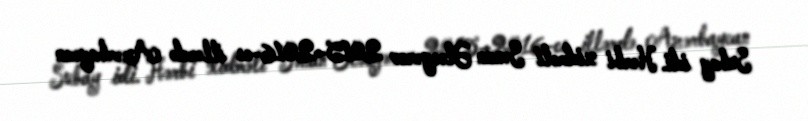
Subay idi. Hərbi xidməti Sənan Ələsgərov 2015–2016-cı illərdə Azərbaycan